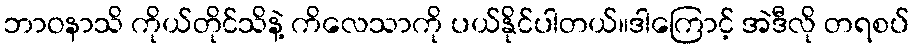
ဘာဝနာသိ ကိုယ်တိုင်သိနဲ့ ကိလေသာကို ပယ်နိုင်ပါတယ်။ဒါကြောင့် အဲဒီလို တရစပ်